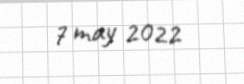
7 may 2022